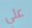
علي